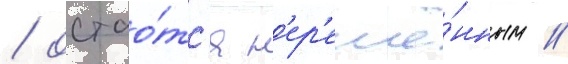
/ остао́тс'я н'ер'ешё́нным //